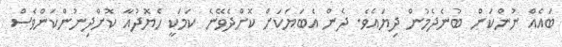
ބައެއް ނުންކަން ބުނެދެމުން ދިޔައެވެ. ދެން އެބަޔަކަށް ކޮށްދެވޭނެ ކަމަކީ ހެޔޮދުއާ ކޮށްދިނުންކަންވެސް